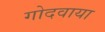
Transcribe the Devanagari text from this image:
गोदवाया